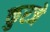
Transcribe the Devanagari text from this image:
कुरजे